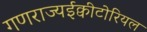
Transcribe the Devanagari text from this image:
गणराज्यईक्वीटोरियल